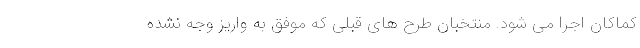
کماکان اجرا می شود. منتخبان طرح های قبلی که موفق به واریز وجه نشده